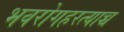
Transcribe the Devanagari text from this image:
भवरोगहरत्याच्च